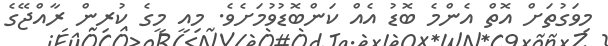
މިވަގުތަށް އޮތް އެންމެ ބޮޑު އެއް ކަންބޮޑުވުމަށެވެ. މިއީ މީގެ ކުރިން ރާއްޖޭގެ